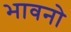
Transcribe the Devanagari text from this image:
भावनो